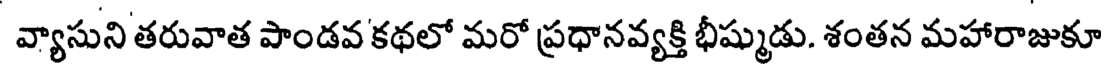
వ్యాసుని తరువాత పాండవ కథలో మరో ప్రధానవ్యక్తి భీష్ముడు. శంతన మహారాజుకూ